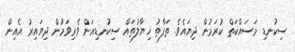
ސިކުނޑި މަސައްކަތް ކުރަމުން ދިޔައެވެ. ތަފާތު ޚިޔާލުތައް ސިކުނޑިއަށް ވެރިވަމުން ދިޔައިރު އެއިން